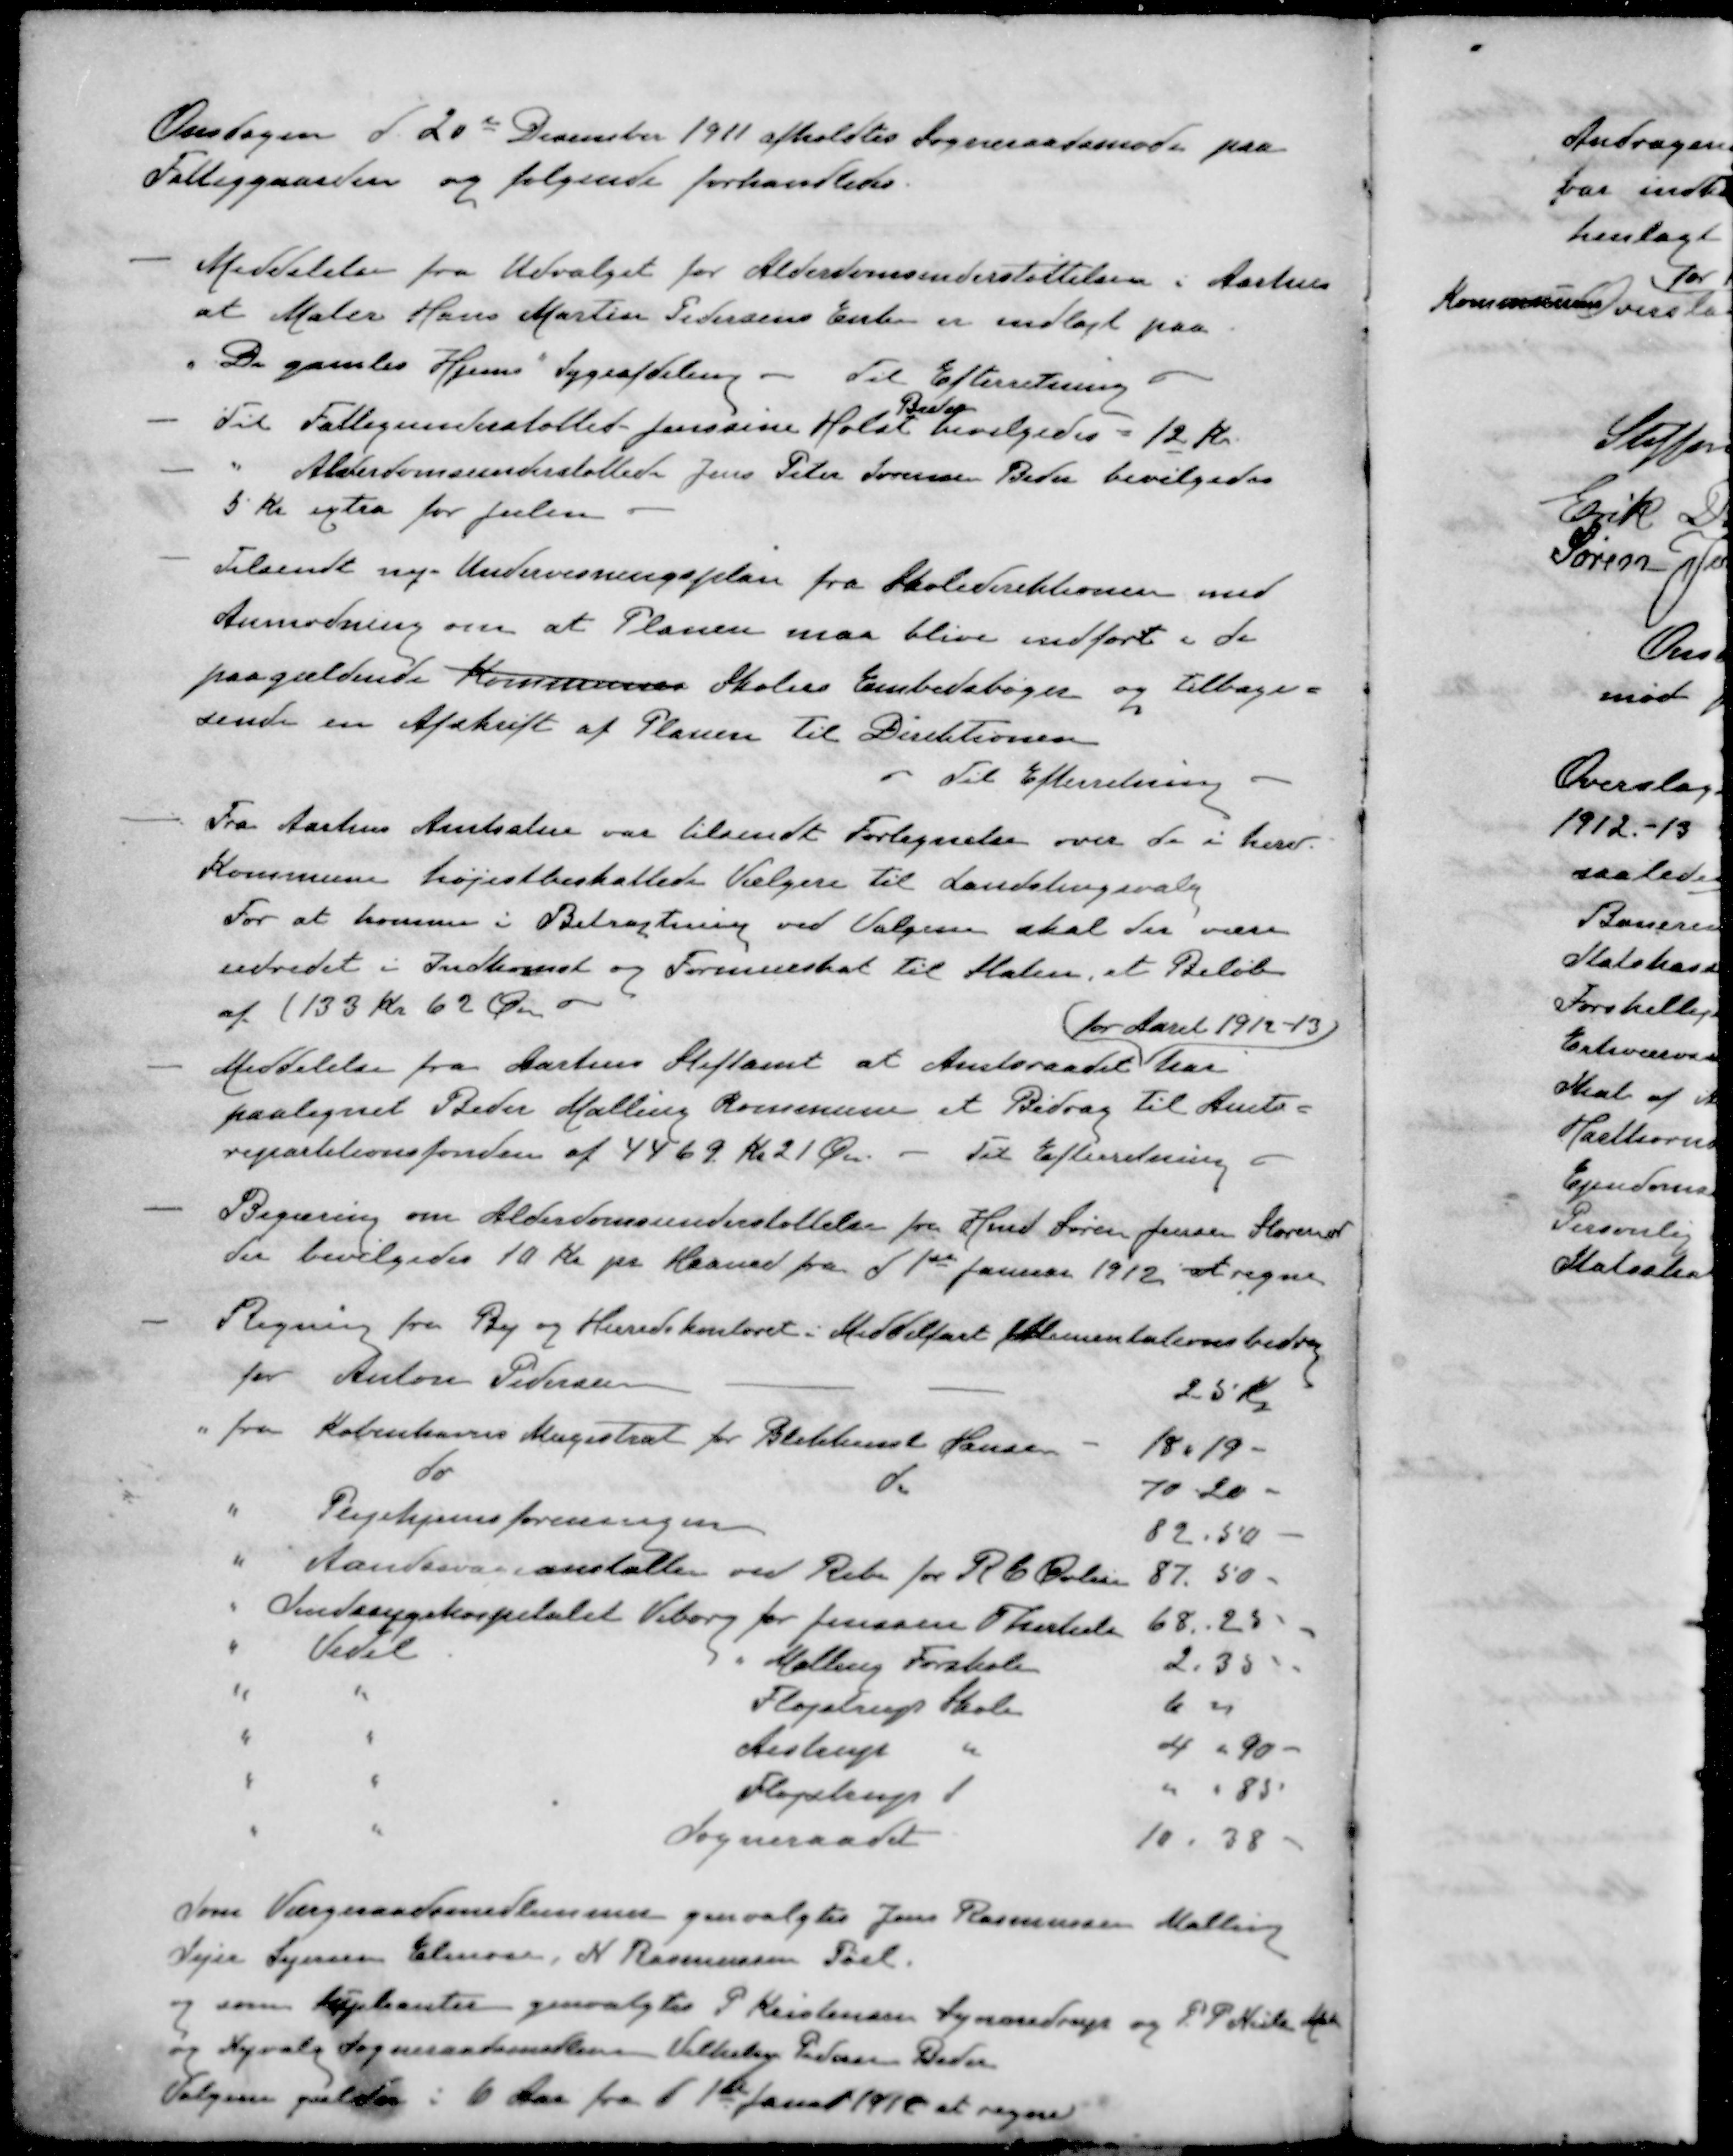
Transskription:
Onsdagen d. 20de December 1911 afholdtes Sogneraadsmøde paa
Fattiggaarden og følgende forhandledes.
- Meddelelse fra Udvalget for Alderdomsunderstøttelsen i Aarhus
at Maler Hans Martin Pedersens Enke er indlagt paa
"De gamles Hjems" Sygeafdeling 
Til Efterretning
Beder
- Til Fattigunderstøttede Jenssine Holst bevilgedes - 12 Kr.
- " Alderdomsunderstøttede Jens Peter Sørensen Beder bevilgedes
5 Kr extra for Julen
- Tilsendt ny Undervisningsplan fra Skoledirektionen med
Anmodning om at Planen maa blive indført i de
paagældende Kommunes Skolers Embedsbøger og tilbage-
sende en Afskrift af Planen til Direktionen
Til Efterretning 
- Fra Aarhus Amtsstue var tilsendt Fortegnelse over de i herv.
Kommune højestbeskattede Vælgere til Landstingsvalg
For at komme i Betragtning ved Valgene skal der være
udredet i Indkomst og Formueskat til Staten, et Beløb
af (133 Kr 62 Øre
for Aaret 1912-13)
- Meddelelse fra Aarhus Stiftamt at Amtsraadet har
paalignet Beder Malling Kommune et Bidrag til Amts-
repartitionsfonden af 4469 Kr. 21 Øre. - Til Efterretning
- Begæring om Alderdomsunderstøttelse fra Hmd Søren Jensen Storenor
der bevilgedes 10 Kr pr Maaned fra d. 1ste Januar 1912, at regne
- Regning fra By og Herredskontoret i Middelfart Alimentationsbidrag
for Anton Pedersen
25 Kr.
" fra Københavns Magistrat for Blikkensl Hansen
18- 19 -
do d
70- 20-
" Plejehjemsforeningen
82.50
" Aandssvae anstalten ved Ribe for R C Øvlisen
87.50 -
" Sindssygehospitalet Viborg for Jensine Therkelsen
68.25
" Vedel " Malling Forskole
2.35
" " Fløjstrup Skole
6 00
" " Aistrup "
4 " 90 -
" " Fløjstrup d
" " 85
" " Sogneraadet
10.38 -
Som Værgeraadsmedlemmer genvalgtes Jens Rasmussen Malling
Sejer Sejersen Elmose, N. Rasmussen Pøel.
som Supleanter genvalgtes P Kristensen Synnedrup og P P Niels Ma
og Nyvalg Sogneraadsmedlem Vilhelm Pedersen Beder
Valgene gælder i 6 Aar fra d. 1ste Janur 1912 at regne